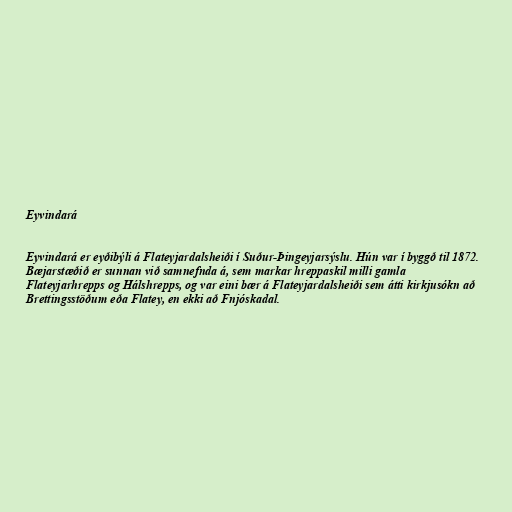
Eyvindará

Eyvindará er eyðibýli á Flateyjardalsheiði í Suður-Þingeyjarsýslu. Hún var í byggð til 1872.
Bæjarstæðið er sunnan við samnefnda á, sem markar hreppaskil milli gamla
Flateyjarhrepps og Hálshrepps, og var eini bær á Flateyjardalsheiði sem átti kirkjusókn að
Brettingsstöðum eða Flatey, en ekki að Fnjóskadal.